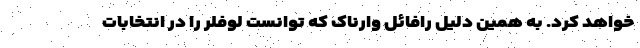
خواهد کرد. به همین دلیل رافائل وارناک که توانست لوفلر را در انتخابات